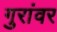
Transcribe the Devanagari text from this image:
गुरांवर